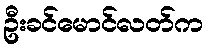
ဦးခင်မောင်လတ်က